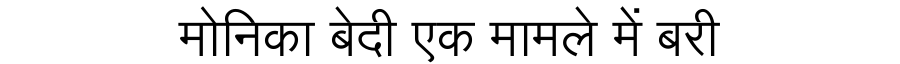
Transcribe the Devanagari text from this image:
मोनिका बेदी एक मामले में बरी